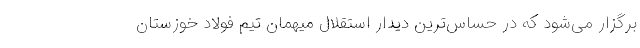
برگزار می‌شود که در حساس‌ترین دیدار استقلال میهمان تیم فولاد خوزستان